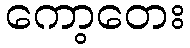
ကော့တေး